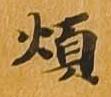
煩